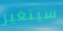
سيتغير